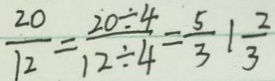
\frac { 2 0 } { 1 2 } = \frac { 2 0 \div 4 } { 1 2 \div 4 } = \frac { 5 } { 3 } 1 \frac { 2 } { 3 }